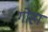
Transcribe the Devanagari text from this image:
गोहा